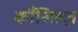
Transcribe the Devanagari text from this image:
कौंसिल्‍ज़